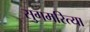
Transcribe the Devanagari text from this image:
सुगमरित्या